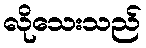
လိုသေးသည်